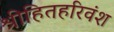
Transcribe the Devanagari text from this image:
श्रीहितहरिवंश